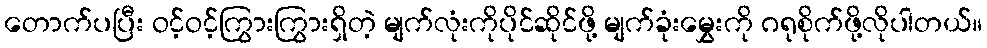
တောက်ပပြီး ဝင့်ဝင့်ကြွားကြွားရှိတဲ့ မျက်လုံးကိုပိုင်ဆိုင်ဖို့ မျက်ခုံးမွှေးကို ဂရုစိုက်ဖို့လိုပါတယ်။